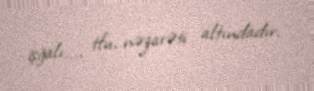
işğalı..., tfu, nəzarəti altındadır.